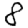
Digit: 8